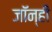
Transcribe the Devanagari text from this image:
जॉन्ही